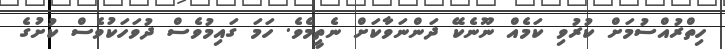
ހިތްރުއްސުމަށް ކުރުވި ކަމެއް ނޫނެކޭ ދަންނަވާކަށް ނެތީމެވެ. ހަމަ ގައިމުވެސް ދުވަހަކުވެސް ކުށުގެ